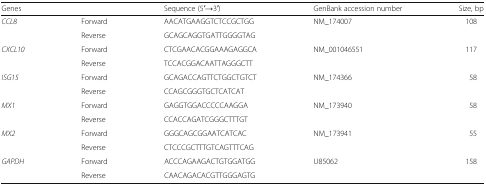
<table><thead><tr><td><b>Genes</b></td><td></td><td><b>Sequence (5′→3′)</b></td><td><b>GenBank accession number</b></td><td><b>Size, bp</b></td></tr></thead><tbody><tr><td rowspan="2"><i>CCL8</i></td><td>Forward</td><td>AACATGAAGGTCTCCGCTGG</td><td>NM_174007</td><td>108</td></tr><tr><td>Reverse</td><td>GCAGCAGGTGATTGGGGTAG</td><td></td><td></td></tr><tr><td rowspan="2"><i>CXCL10</i></td><td>Forward</td><td>CTCGAACACGGAAAGAGGCA</td><td>NM_001046551</td><td>117</td></tr><tr><td>Reverse</td><td>TCCACGGACAATTAGGGCTT</td><td></td><td></td></tr><tr><td rowspan="2"><i>ISG15</i></td><td>Forward</td><td>GCAGACCAGTTCTGGCTGTCT</td><td>NM_174366</td><td>58</td></tr><tr><td>Reverse</td><td>CCAGCGGGTGCTCATCAT</td><td></td><td></td></tr><tr><td rowspan="2"><i>MX1</i></td><td>Forward</td><td>GAGGTGGACCCCCAAGGA</td><td>NM_173940</td><td>58</td></tr><tr><td>Reverse</td><td>CCACCAGATCGGGCTTTGT</td><td></td><td></td></tr><tr><td rowspan="2"><i>MX2</i></td><td>Forward</td><td>GGGCAGCGGAATCATCAC</td><td>NM_173941</td><td>55</td></tr><tr><td>Reverse</td><td>CTCCCGCTTTGTCAGTTTCAG</td><td></td><td></td></tr><tr><td rowspan="2"><i>GAPDH</i></td><td>Forward</td><td>ACCCAGAAGACTGTGGATGG</td><td>U85062</td><td>158</td></tr><tr><td>Reverse</td><td>CAACAGACACGTTGGGAGTG</td><td></td><td></td></tr></tbody></table>